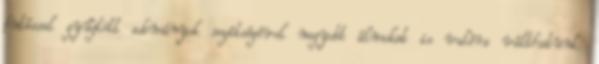
futással gyűjtött adományok segítségével nagyobb álmokat is valóra válthatunk.